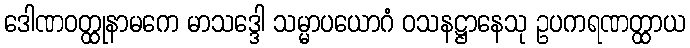
ဒေါဏဝတ္ထုနာမကေ မာသဒ္ဒေါ သမ္မာပယောဂံ ဝသနဋ္ဌာနေသု ဥပကရဏတ္ထာယ